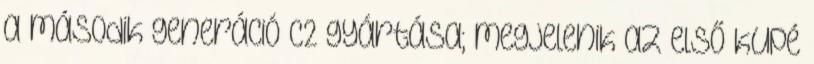
a második generáció C2 gyártása; megjelenik az első kupé